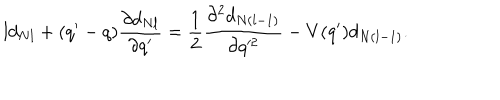
LaTeX: l d _ { N l } + ( q ^ { \prime } - q ) \frac { \partial d _ { N l } } { \partial q ^ { \prime } } = \frac { 1 } { 2 } \frac { \partial ^ { 2 } d _ { N ( l - 1 ) } } { \partial q ^ { 2 } } - V ( q ^ { \prime } ) d _ { N ( l - 1 ) } .